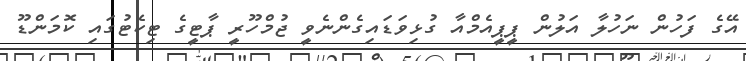
އޭގެ ފަހުން ނަހުލާ އަލުން ޕީޕީއެމްއާ ގުޅިވަޑައިގެންނެވީ ޖުމްހޫރީ ޕާޓީގެ ޓިކެޓުގައި ކޮމަންޑޫ